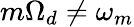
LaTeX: m\Omega_{d}\neq\omega_{m}